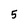
Character: 5